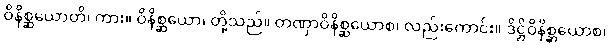
ဝိနိစ္ဆယောတိ၊ ကား။ ဝိနိစ္ဆယော၊ တို့သည်။ တဏှာဝိနိစ္ဆယောစ၊ လည်းကောင်း။ ဒိဋ္ဌိဝိနိစ္ဆယောစ၊